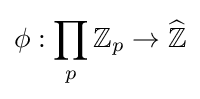
\phi :\prod _{p}\mathbb {Z} _{p}\to {\widehat {\mathbb {Z} }}